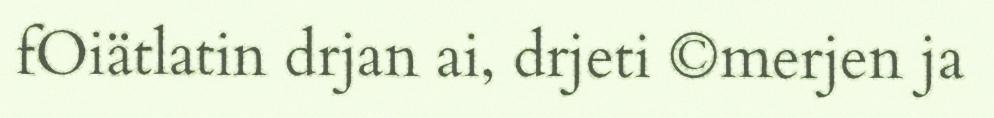
fOiätlatin drjan ai, drjeti ©merjen ja